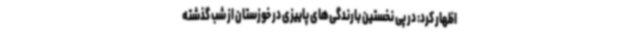
اظهار کرد: در پی نخستین بارندگی‌های پاییزی در خوزستان از شب گذشته